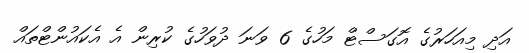
އަދި މިއަހަރުގެ އޮގަސްޓް މަހުގެ 6 ވަނަ ދުވަހުގެ ކުރިން އެ އެކައުންޓްތައް